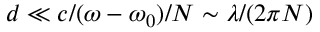
d \ll c / ( \omega - \omega _ { 0 } ) / N \sim \lambda / ( 2 \pi N )